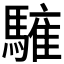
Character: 𩥤